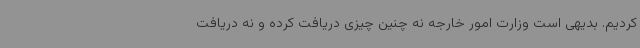
کردیم. بدیهی است وزارت امور خارجه نه چنین چیزی دریافت کرده و نه دریافت